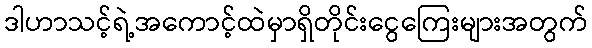
ဒါဟာသင့်ရဲ့အကောင့်ထဲမှာရှိတိုင်းငွေကြေးများအတွက်